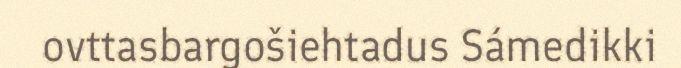
ovttasbargošiehtadus Sámedikki